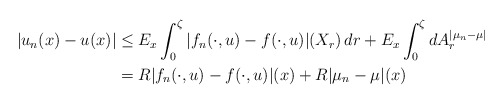
\begin{align*}|u_n(x)-u(x)|&\le E_x\int_0^\zeta|f_n(\cdot,u)-f(\cdot,u)|(X_r)\,dr+E_x\int_0^\zeta dA^{|\mu_n-\mu|}_r\\&=R|f_n(\cdot,u)-f(\cdot,u)|(x)+R|\mu_n-\mu|(x)\end{align*}